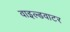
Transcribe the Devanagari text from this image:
वाइल्डवाटर